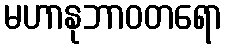
မဟာနုဘာဝတရော